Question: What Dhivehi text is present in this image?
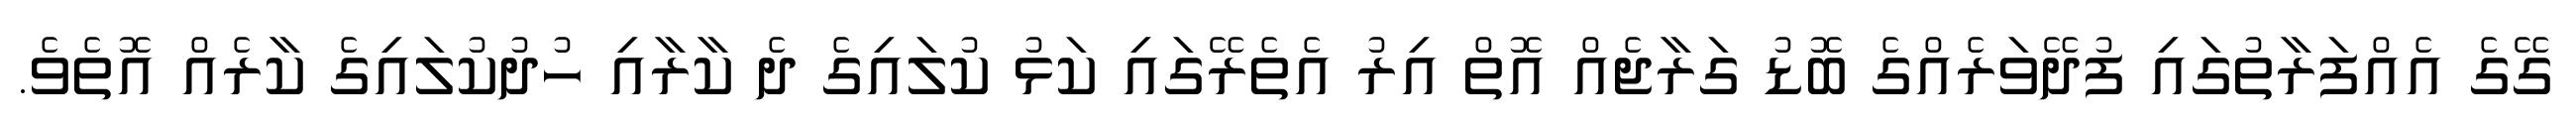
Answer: ގޭގެ އެއްފަރާތުގައި ފުދޭވަރެއްގެ ބޮޑު ގަރާޖެއް އޮތް އިރު އެތެރޭގައި ކަޅު ކުލައިގެ ދެ ކާރާއި ހުދުކުލައިގެ ކާރެއް އޮތެވެ.